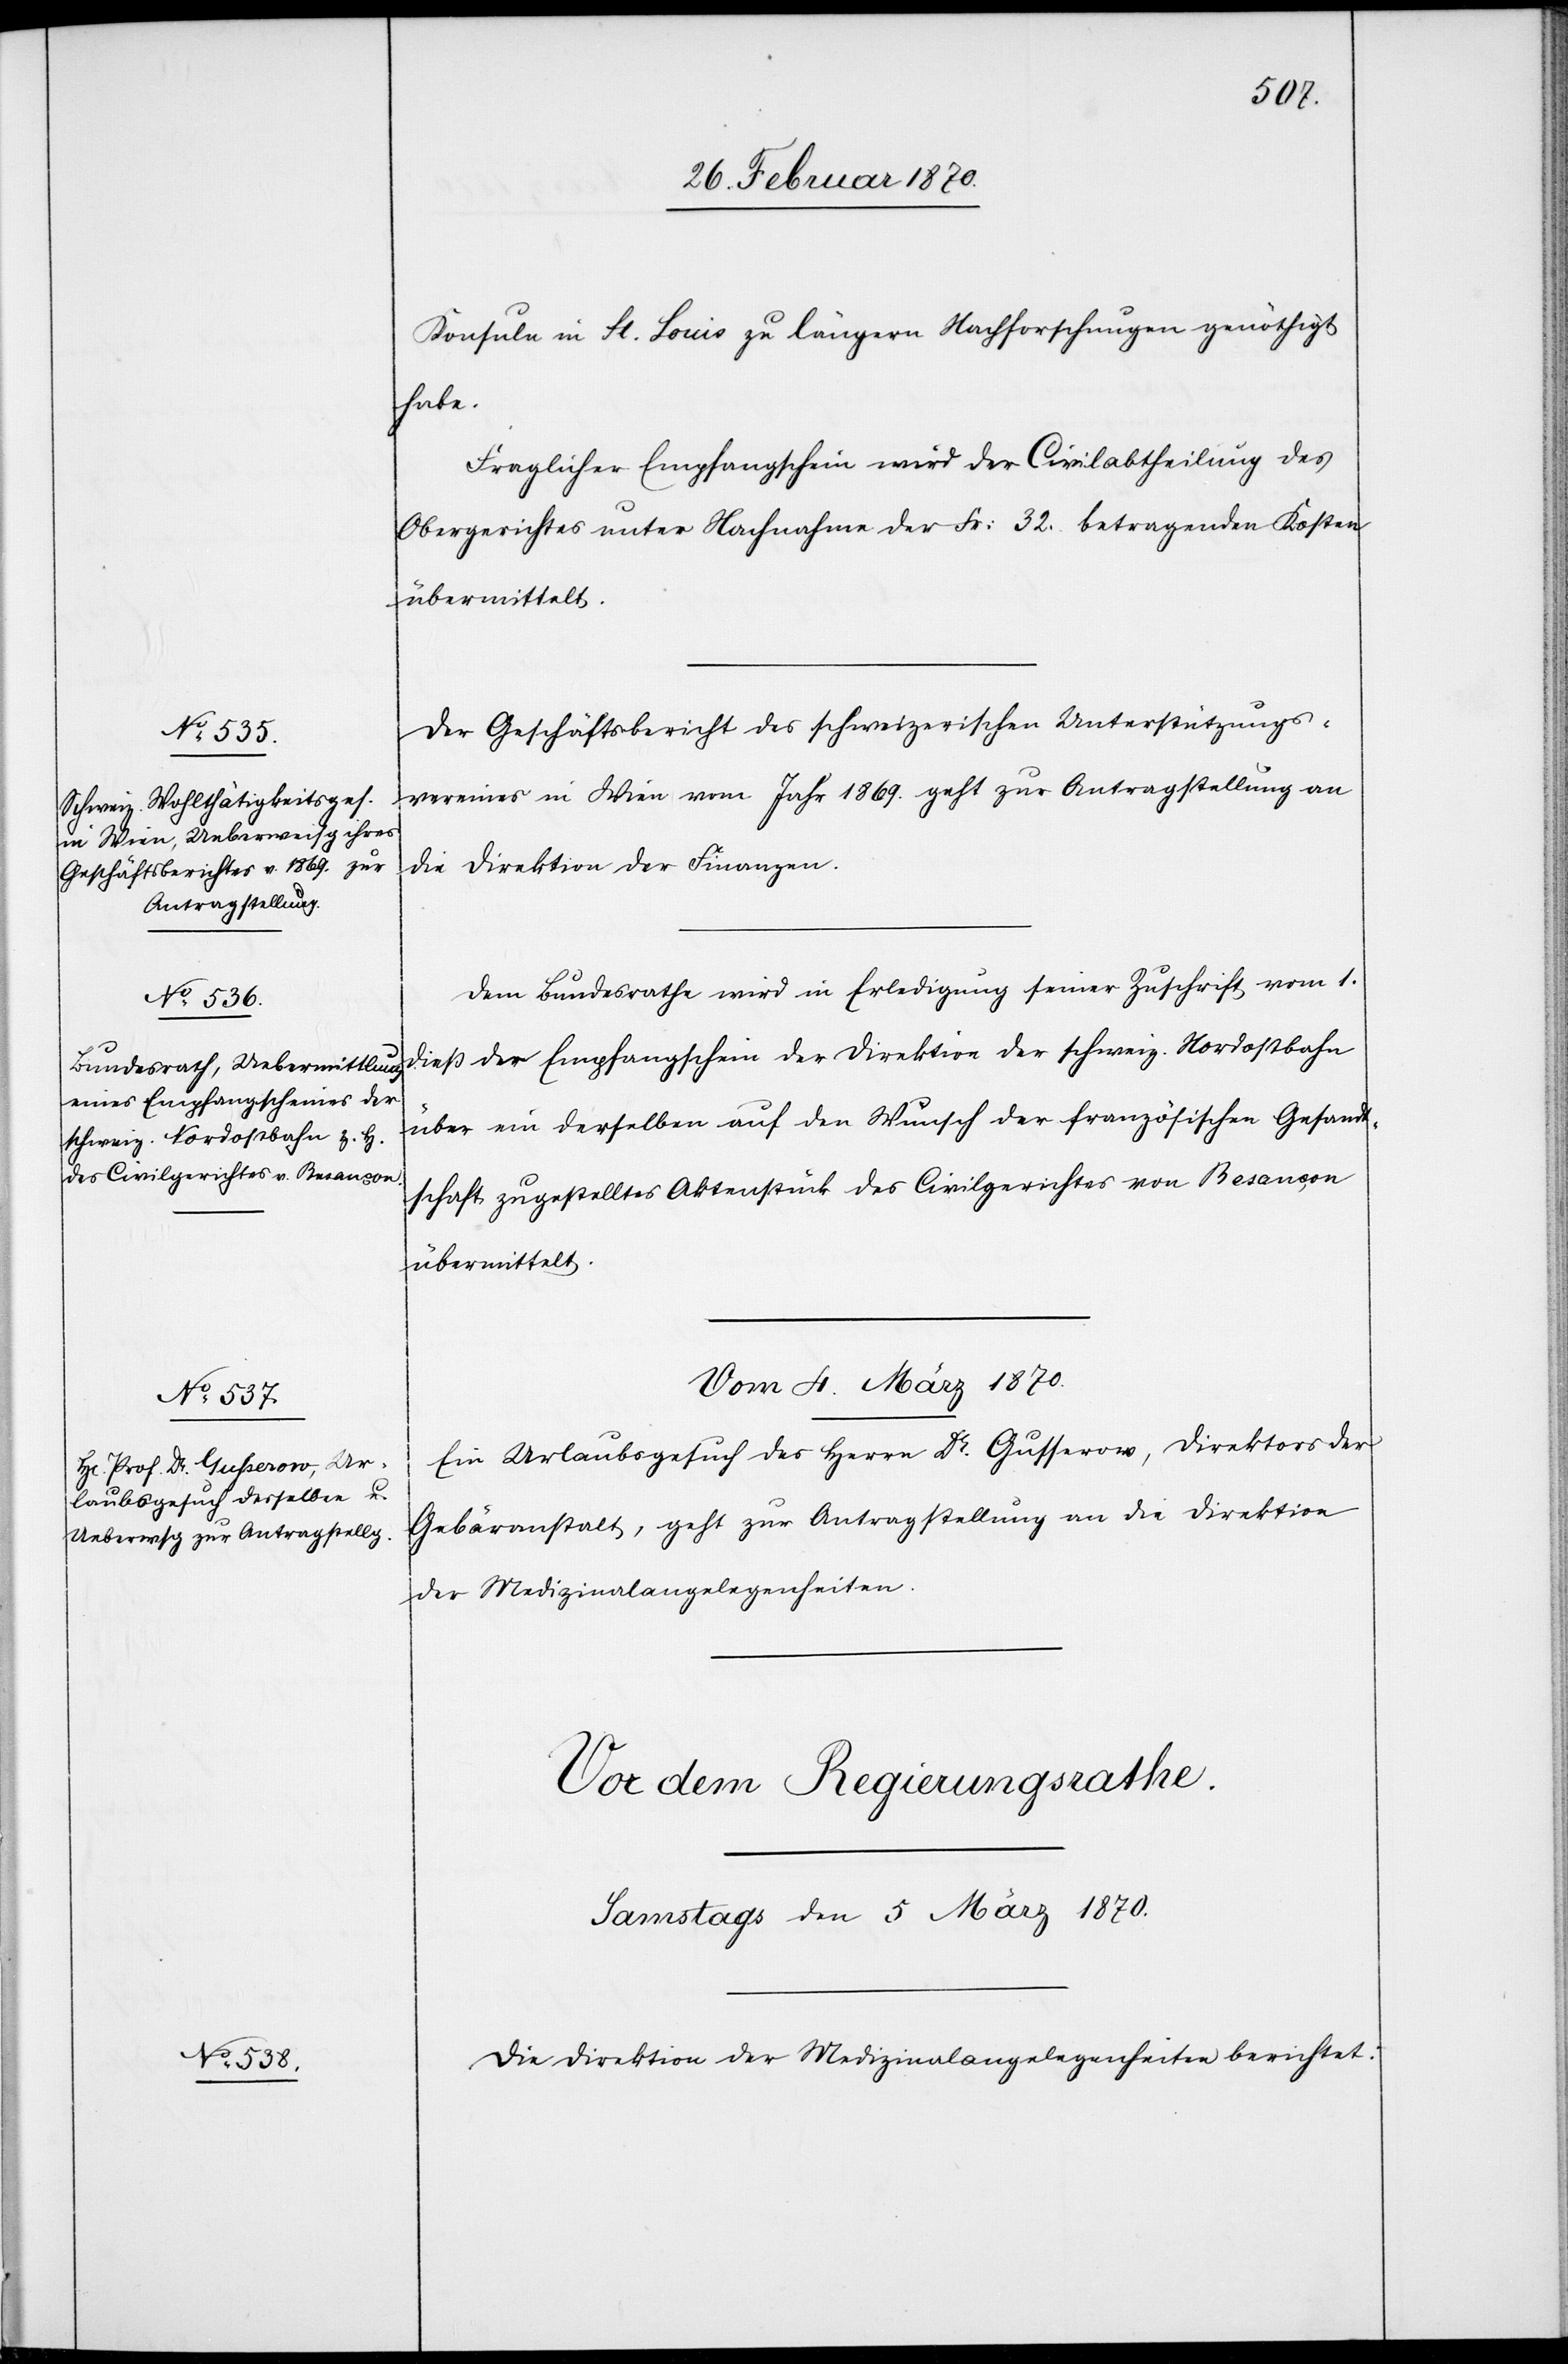
Konsuln in St. Louis zu längern Nachforschungen genöthigt
habe.
Fraglicher Empfangschein wird der Civilabtheilung des
Obergerichtes unter Nachnahme der Fr: 32. betragenden Kosten
Der Geschäftsbericht des schweizerischen Unterstützungs¬
vereins in Wien vom Jahr 1869. geht zur Antragstellung an
die Direktion der Finanzen.
Dem Bundesrathe wird in Erledigung seiner Zuschrift vom 1.
dieß der Empfangschein der Direktion der schweiz. Nordostbahn
über ein derselben auf den Wunsch der französischen Gesand¬
tschaft zugestelltes Aktenstück des Civilgerichtes von Besançon
übermittelt.
Vom 4. März 1870.
Ein Urlaubsgesuch des Herrn Dr. Gusserow, Direktors der
Gebäranstalt, geht zur Antragstellung an die Direktion
der Medizinalangelegenheiten.
Die Direktion der Medizinalangelegenheiten berichtet: